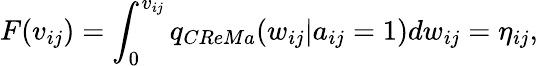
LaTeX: F(v_{ij})=\int_{0}^{v_{ij}}q_{CReMa}(w_{ij}|a_{ij}=1)dw_{ij}=\eta_{ij},